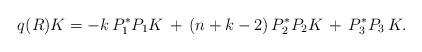
LaTeX: \begin{align*} q(R) K = - k \, P_1^*P_1 K \,+\, (n+k-2)\, P_2^*P_2 K \,+ \, P_3^*P_3\, K.\end{align*}